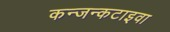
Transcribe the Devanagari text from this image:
कन्जन्कटाइवा